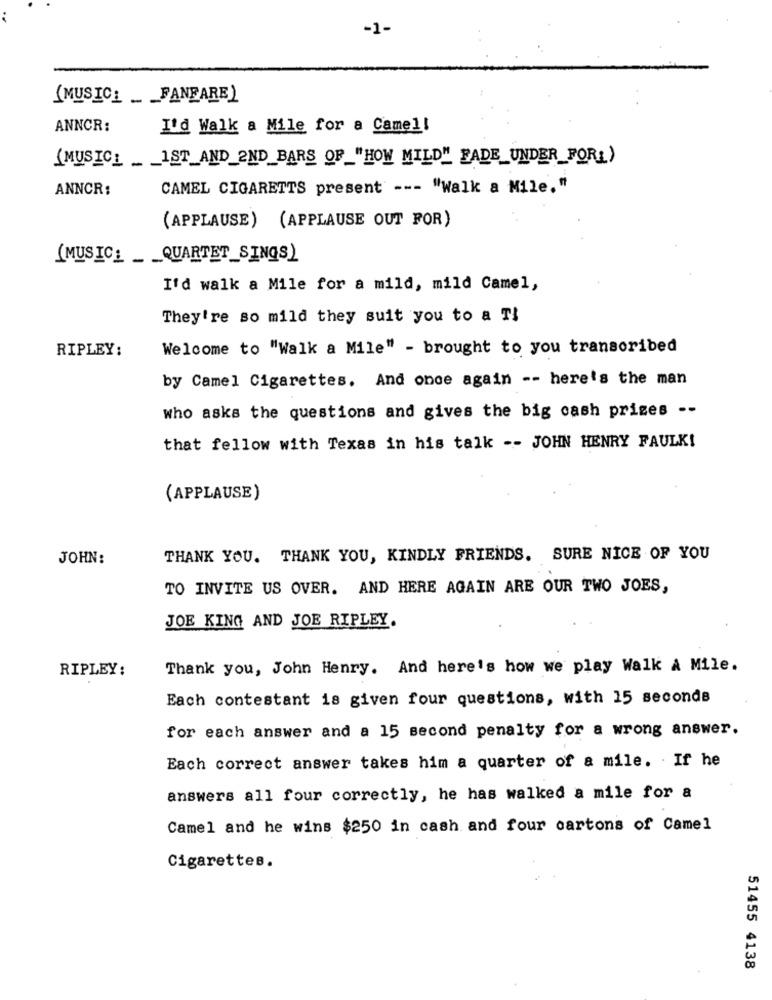
-1-
(MUSIC_ _ _ FANFARE)
ANNCR:
I'd Walk a Mile for a Camel!
(MUSIC_ __ 1ST_AND_2ND_BARS OF_"HOW MILD" FADE_UNDER_FORL)
ANNCR:
CAMEL CIGARETTS present --- "Walk a Mile."
(APPLAUSE) (APPLAUSE OUT FOR)
(MUSIC_ _ _ QUARTET_SINGS)
I'd walk a Mile for a mild, mild Camel,
They're so mild they suit you to a TI
RIPLEY:
Welcome to "Walk a Mile" - brought to you transcribed
by Camel Cigarettes. And once again -- here's the man
who asks the questions and gives the big cash prizes --
that fellow with Texas in his talk -- JOHN HENRY FAULK!
(APPLAUSE)
JOHN:
THANK YOU. THANK YOU, KINDLY FRIENDS. SURE NICE OF YOU
TO INVITE US OVER. AND HERE AGAIN ARE OUR TWO JOES,
JOE KING AND JOE RIPLEY.
RIPLEY:
Thank you, John Henry. And here's how we play Walk A Mile.
Each contestant is given four questions, with 15 seconds
for each answer and a 15 second penalty for a wrong answer.
Each correct answer takes him a quarter of a mile. . If he
answers all four correctly, he has walked a mile for a
Camel and he wins $250 in cash and four cartons of Camel
Cigarettes.
51455 4138